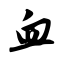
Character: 血